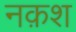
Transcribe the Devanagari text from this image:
नक़श